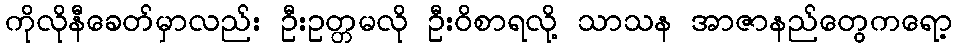
ကိုလိုနီခေတ်မှာလည်း ဦးဥတ္တမလို ဦးဝိစာရလို့ သာသန အာဇာနည်တွေကရော့